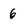
Character: 6